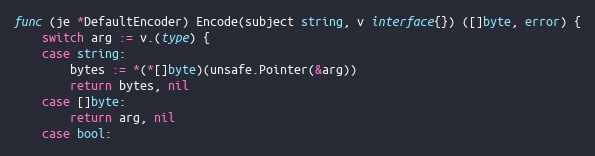
Language: Go
func (je *DefaultEncoder) Encode(subject string, v interface{}) ([]byte, error) {
	switch arg := v.(type) {
	case string:
		bytes := *(*[]byte)(unsafe.Pointer(&arg))
		return bytes, nil
	case []byte:
		return arg, nil
	case bool: